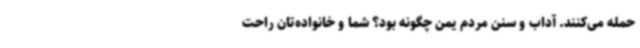
حمله می‌کنند. آداب ‌و سنن مردم یمن چگونه بود؟ شما و خانواده‌تان راحت